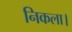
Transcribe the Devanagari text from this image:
निकला।